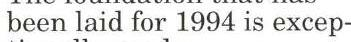
been laid for 1994 is excep-